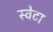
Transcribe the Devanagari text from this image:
स्वेटा